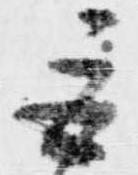
巨